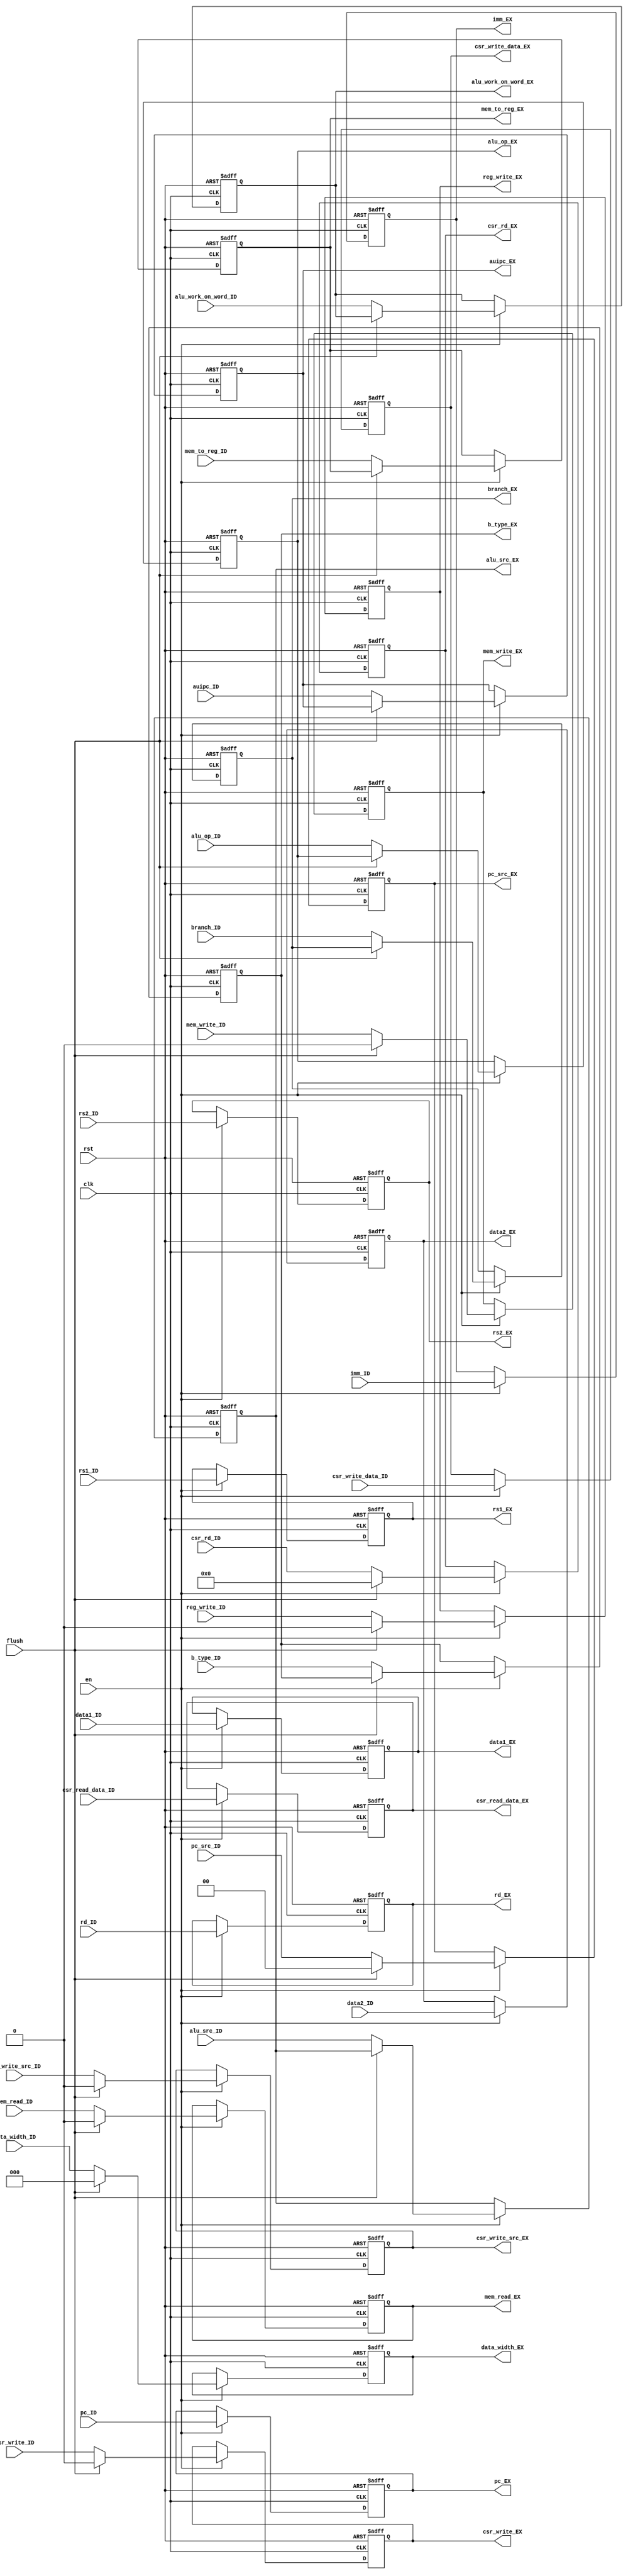
`timescale 1ns / 1ps

module RegIDEX (
    input               clk,
    input               rst,
    input               en,
    input               flush,
    input       [63:0]  pc_ID,
    input       [1:0]   pc_src_ID,
    input       [4:0]   rs1_ID,
    input       [4:0]   rs2_ID,
    input       [4:0]   rd_ID,
    input       [63:0]  data1_ID,
    input       [63:0]  data2_ID,
    input       [63:0]  imm_ID,
    input       [3:0]   alu_op_ID,
    input               alu_src_ID,
    input               alu_work_on_word_ID,
    input               reg_write_ID,
    input               branch_ID,
    input               b_type_ID,
    input               auipc_ID,
    input               mem_write_ID,
    input               mem_read_ID,
    input       [2:0]   mem_to_reg_ID,
    input       [2:0]   data_width_ID,
    input               csr_write_ID,
    input               csr_write_src_ID,
    input       [11:0]  csr_rd_ID,
    input       [63:0]  csr_write_data_ID,
    input       [63:0]  csr_read_data_ID,
    output  reg [63:0]  pc_EX,
    output  reg [1:0]   pc_src_EX,
    output  reg [4:0]   rs1_EX,
    output  reg [4:0]   rs2_EX,
    output  reg [4:0]   rd_EX,
    output  reg [63:0]  data1_EX,
    output  reg [63:0]  data2_EX,
    output  reg [63:0]  imm_EX,
    output  reg [3:0]   alu_op_EX,
    output  reg         alu_src_EX,
    output  reg         alu_work_on_word_EX,
    output  reg         reg_write_EX,
    output  reg         branch_EX,
    output  reg         b_type_EX,
    output  reg         auipc_EX,
    output  reg         mem_write_EX,
    output  reg         mem_read_EX,
    output  reg [2:0]   mem_to_reg_EX,
    output  reg [2:0]   data_width_EX,
    output  reg         csr_write_EX,
    output  reg         csr_write_src_EX,
    output  reg [11:0]  csr_rd_EX,
    output  reg [63:0]  csr_write_data_EX,
    output  reg [63:0]  csr_read_data_EX
);
    always @(posedge clk or posedge rst) begin
        if (rst) begin
            pc_EX <= 63'h0;
            pc_src_EX <= 2'h0;
            rs1_EX <= 5'h0;
            rs2_EX <= 5'h0;
            rd_EX <= 5'h0;
            data1_EX <= 64'h0;
            data2_EX <= 64'h0;
            imm_EX <= 64'h0;
            alu_op_EX <= 2'h0;
            alu_src_EX <= 2'h0;
            alu_work_on_word_EX <= 1'h0;
            reg_write_EX <= 1'h0;
            branch_EX <= 1'h0;
            b_type_EX <= 1'h0;
            auipc_EX <= 1'h0;
            mem_write_EX <= 1'h0;
            mem_read_EX <= 1'h0;
            mem_to_reg_EX <= 3'h0;
            data_width_EX <= 3'h0;
            csr_write_EX <= 1'h0;
            csr_write_src_EX <= 1'h0;
            csr_rd_EX <= 12'h0;
            csr_write_data_EX <= 64'h0;
            csr_read_data_EX <= 64'h0;
        end else if (en) begin
            if (flush) begin
                pc_src_EX <= 2'h0;
                rd_EX <= 5'h0;
                reg_write_EX <= 1'h0;
                mem_write_EX <= 1'h0;
                mem_read_EX <= 1'h0;
                data_width_EX <= 3'h0;
                csr_write_EX <= 1'h0;
                csr_write_src_EX <= 1'h0;
                csr_rd_EX <= 12'h0;
                pc_EX <= pc_ID;
                data1_EX <= data1_ID;
                data2_EX <= data2_ID;
                imm_EX <= imm_ID;
                rd_EX <= rd_ID;
                rs1_EX <= rs1_ID;
                rs2_EX <= rs2_ID;
                csr_write_data_EX <= csr_write_data_ID;
                csr_read_data_EX <= csr_read_data_ID;
            end else begin
                pc_EX <= pc_ID;
                pc_src_EX <= pc_src_ID;
                rs1_EX <= rs1_ID;
                rs2_EX <= rs2_ID;
                rd_EX <= rd_ID;
                data1_EX <= data1_ID;
                data2_EX <= data2_ID;
                imm_EX <= imm_ID;
                alu_op_EX <= alu_op_ID;
                alu_src_EX <= alu_src_ID;
                alu_work_on_word_EX <= alu_work_on_word_ID;
                reg_write_EX <= reg_write_ID;
                branch_EX <= branch_ID;
                b_type_EX <= b_type_ID;
                auipc_EX <= auipc_ID;
                mem_write_EX <= mem_write_ID;
                mem_read_EX <= mem_read_ID;
                mem_to_reg_EX <= mem_to_reg_ID;
                data_width_EX <= data_width_ID;
                csr_write_EX <= csr_write_ID;
                csr_write_src_EX <= csr_write_src_ID;
                csr_rd_EX <= csr_rd_ID;
                csr_write_data_EX <= csr_write_data_ID;
                csr_read_data_EX <= csr_read_data_ID;
            end
        end
    end
endmodule